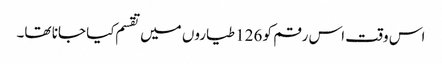
اس وقت اس رقم کو 126 طیاروں میں تقسم کیا جانا تھا۔